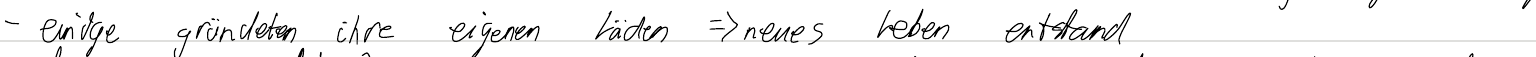
- einige gründeten ihre eigenen Läden => neues Leben entstand